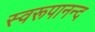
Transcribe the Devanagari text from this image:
स्वरूपानन्द